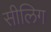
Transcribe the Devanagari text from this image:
सीलिग